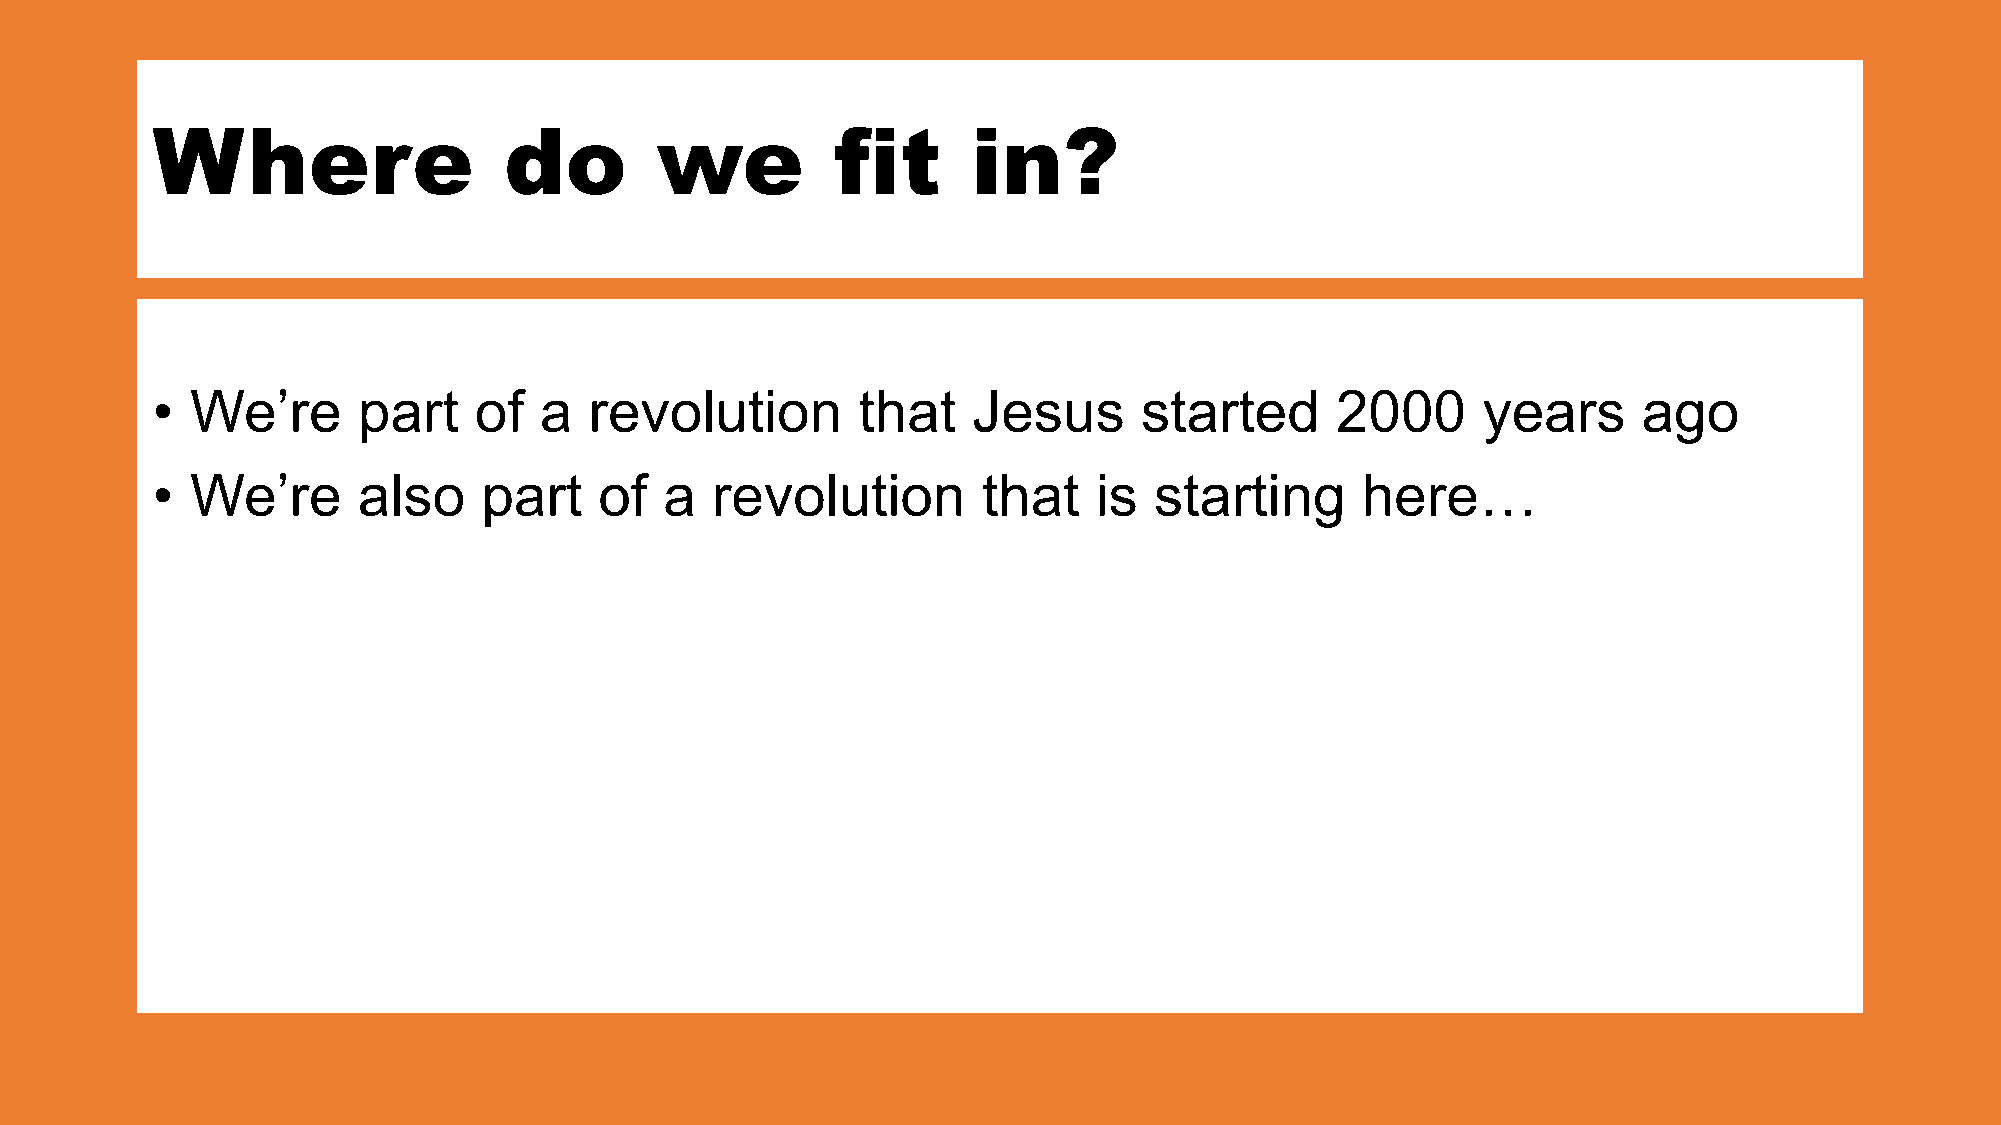
Where                  do        we          fit      in?
 •  We’re      part   of   a  revolution        that   Jesus       started     2000      years      ago
 •  We’re      also    part    of  a  revolution        that    is starting      here…